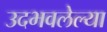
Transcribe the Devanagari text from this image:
उदभवलेल्या